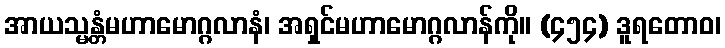
အာယသ္မန္တံမဟာမောဂ္ဂလာနံ၊ အရှင်မဟာမောဂ္ဂလာန်ကို။ (၄၅၄) ဒူရတောဝ၊